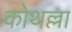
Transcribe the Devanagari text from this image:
कोथल्ला